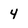
Character: 4